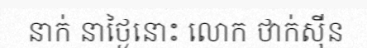
នាក់ នាថ្ងៃនោះ លោក ថាក់ស៊ីន